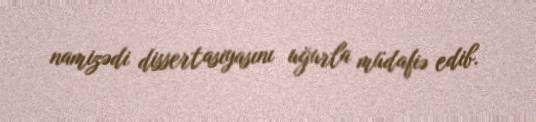
namizədi dissertasiyasını uğurla müdafiə edib.